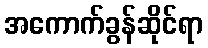
အကောက်ခွန်ဆိုင်ရာ